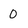
Character: 0